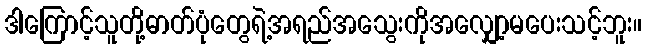
ဒါကြောင့်သူတို့ဓာတ်ပုံတွေရဲ့အရည်အသွေးကိုအလျှော့မပေးသင့်ဘူး။